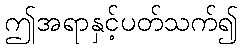
ဤအရာနှင့်ပတ်သက်၍